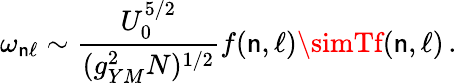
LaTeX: \omega_{\mathsf{n}\ell}\sim{\frac{{U_{0}^{5/2}}}{{(g_{YM}^{2}N)^{1/2}}}}f(\mathsf{n},\ell)\simTf(\mathsf{n},\ell)\, .